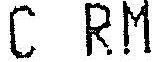
C RM